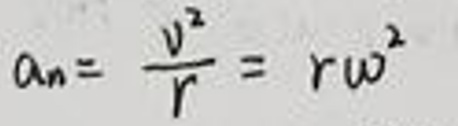
$a_{n}=\frac{v^{2}}{r}=r\omega^{2}$